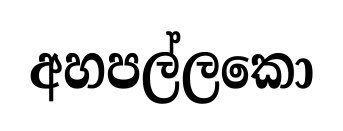
අහපල්ලකො